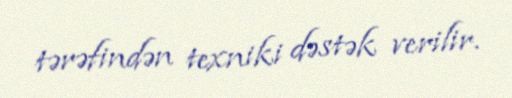
tərəfindən texniki dəstək verilir.